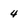
Character: 4